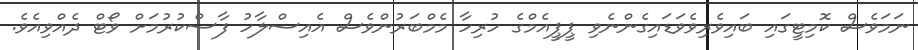
ނަމަވެސް ކޮމިޓީގައި ބައިވެރިވެވަޑައިގެންނެވި ޕީޕީއެމްގެ ހުރިހާ މެމްބަރުންވެސް އެއިސްލާހު ފާސްކުރުމަށް ވޯޓް ދެއްވިއެވެ.